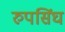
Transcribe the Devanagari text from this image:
रुपसिंघ